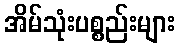
အိမ်သုံးပစ္စည်းများ